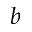
b